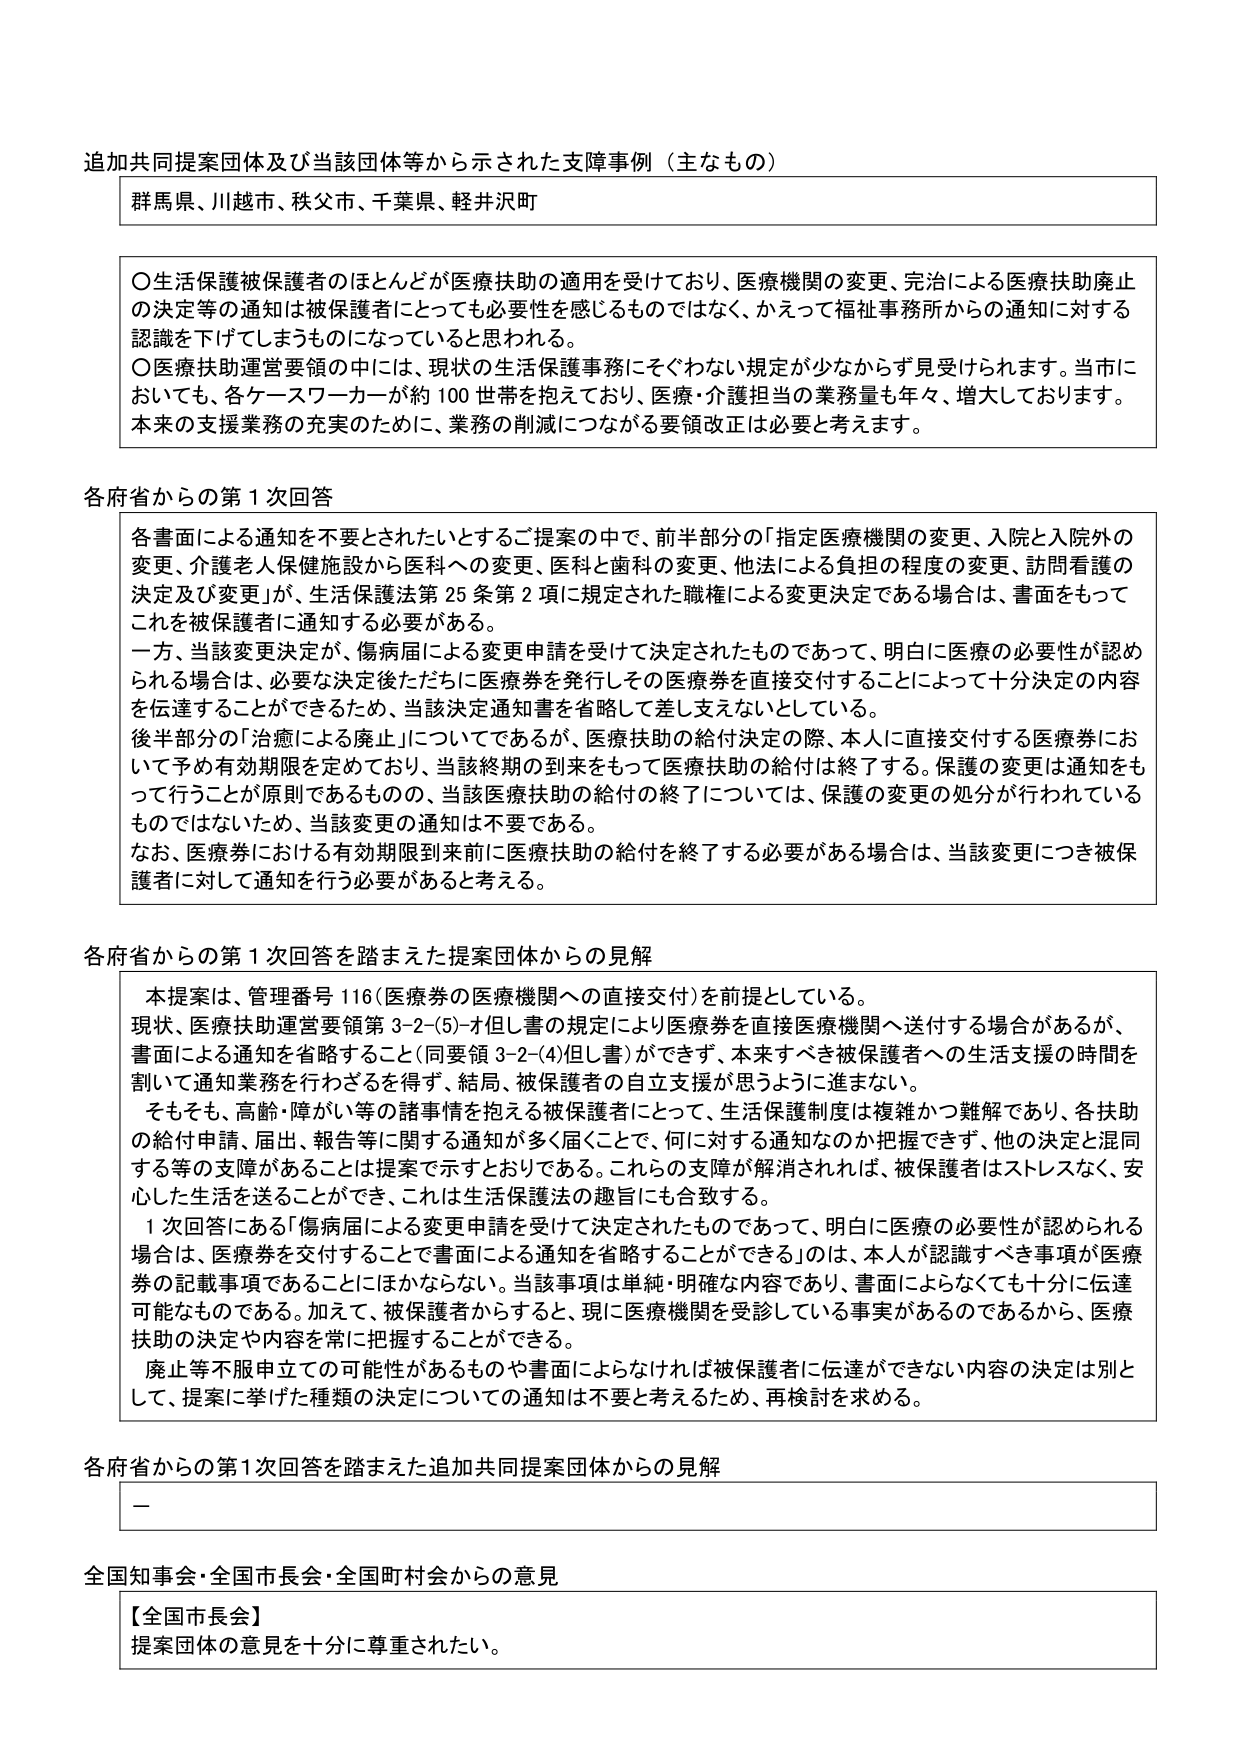
追加共同提案団体及び当該団体等から示された支障事例（主なもの）

群馬県、川越市、秩父市、千葉県、軽井沢町

〇生活保護被保護者のほとんどが医療扶助の適用を受けており、医療機関の変更、完治による医療扶助廃止の決定等の通知は被保護者にとっても必要性を感じるものではなく、かえって福祉事務所からの通知に対する認識を下げてしまうものになっていると思われる。
〇医療扶助運営要領の中には、現状の生活保護事務にそぐわない規定が少なからず見受けられます。当市においても、各ケースワーカーが約100世帯を抱えており、医療・介護担当の業務量も年々、増大しております。本来の支援業務の充実のために、業務の削減につながる要領改正は必要と考えます。

各府省からの第1次回答

各書面による通知を不要とされたいとするご提案の中で、前半部分の「指定医療機関の変更、入院と入院外の変更、介護老人保健施設から医科への変更、医科と歯科の変更、他法による負担の程度の変更、訪問看護の決定及び変更」が、生活保護法第25条第2項に規定された職権による変更決定である場合は、書面をもってこれを被保護者に通知する必要がある。
一方、当該変更決定が、傷病届による変更申請を受けて決定されたものであって、明白に医療の必要性が認められる場合は、必要な決定後ただちに医療券を発行しその医療券を直接交付することによって十分決定の内容を伝達することができるため、当該決定通知書を省略して差し支えないとしている。
後半部分の「治癒による廃止」についてであるが、医療扶助の給付決定の際、本人に直接交付する医療券において予め有効期限を定めており、当該終期の到来をもって医療扶助の給付は終了する。保護の変更は通知をもって行うことが原則であるものの、当該医療扶助の給付の終了については、保護の変更の処分が行われているものではないため、当該変更の通知は不要である。
なお、医療券における有効期限到来前に医療扶助の給付を終了する必要がある場合は、当該変更につき被保護者に対して通知を行う必要があると考える。

各府省からの第1次回答を踏まえた提案団体からの見解

本提案は、管理番号116（医療券の医療機関への直接交付）を前提としている。
現状、医療扶助運営要領第3-2-(5)-オ但し書の規定により医療券を直接医療機関へ送付する場合があるが、書面による通知を省略すること（同要領3-2-(4)但し書）ができず、本来すべき被保護者への生活支援の時間を割いて通知業務を行わざるを得ず、結局、被保護者の自立支援が思うように進まない。
そもそも、高齢・障がい等の諸事情を抱える被保護者にとって、生活保護制度は複雑かつ難解であり、各扶助の給付申請、届出、報告等に関する通知が多く届くことで、何に対する通知なのか把握できず、他の決定と混同する等の支障があることは提案で示すとおりである。これらの支障が解消されれば、被保護者はストレスなく、安心した生活を送ることができ、これは生活保護法の趣旨にも合致する。
1次回答にある「傷病届による変更申請を受けて決定されたものであって、明白に医療の必要性が認められる場合は、医療券を交付することで書面による通知を省略することができる」のは、本人が認識すべき事項が医療券の記載事項であることにほかならない。当該事項は単純・明確な内容であり、書面によらなくても十分に伝達可能なものである。加えて、被保護者からすると、現に医療機関を受診している事実があるのであるから、医療扶助の決定や内容を常に把握することができる。
廃止等不服申立ての可能性があるものや書面によらなければ被保護者に伝達ができない内容の決定は別として、提案に挙げた種類の決定についての通知は不要と考えるため、再検討を求める。

各府省からの第1次回答を踏まえた追加共同提案団体からの見解

ー

全国知事会・全国市長会・全国町村会からの意見

【全国市長会】
提案団体の意見を十分に尊重されたい。